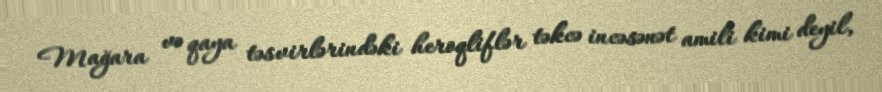
Mağara və qaya təsvirlərindəki heroqliflər təkcə incəsənət amili kimi deyil,